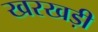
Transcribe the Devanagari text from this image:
खरखड़ी